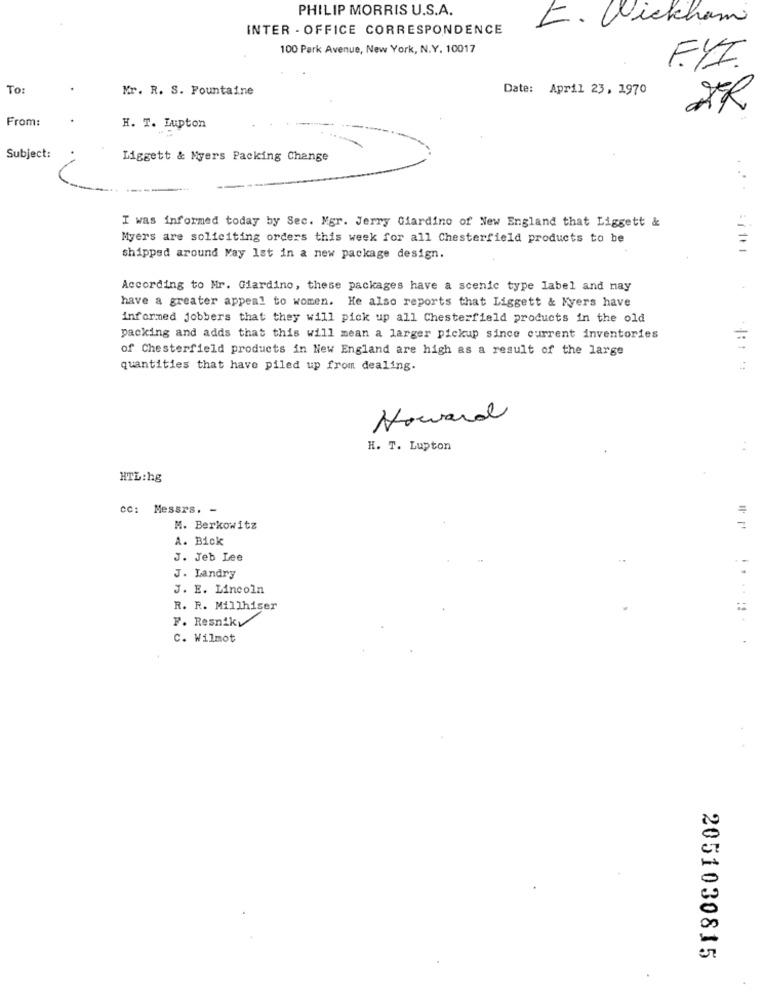
PHILIP MORRIS U.S.A.
I. Wickham
INTER - OFFICE CORRESPONDENCE
100 Park Avenue, New York, N.Y. 10017
FYI.
To:
Mr. R. S. Fountaine
Date: April 23, 1970
From:
H. T. Lupton
Subject:
Liggett & Myers Packing Change
I was informed today by Sec. Mgr. Jerry Giardino of New England that Liggett &
Myers are soliciting orders this week for all Chesterfield products to be
shipped around May Ist in a new package design.
According to Mr. Giardino, these packages have a scenic type label and may
have a greater appeal to women. He also reports that Liggett & Myers have
informed jobbers that they will pick up all Chesterfield products in the old
packing and adds that this will mean a larger pickup since current inventories
of Chesterfield products in New England are high as a result of the large
quantities that have piled up from dealing.
Howard
H. T. Lupton
HTL:hg
cc: Messrs. -
M. Berkowitz
A. Bick
J. Jeb Lee
J. Landry
J. E. Lincoln
R. R. Millhiser
F. Resniky
C. Wilmot
2051030815